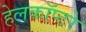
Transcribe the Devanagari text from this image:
हेलकॉप्टरे